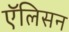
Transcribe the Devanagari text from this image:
एॅलिसन